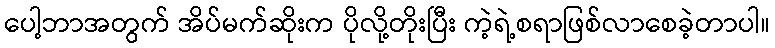
ပေါ့ဘာအတွက် အိပ်မက်ဆိုးက ပိုလို့တိုးပြီး ကဲ့ရဲ့စရာဖြစ်လာစေခဲ့တာပါ။